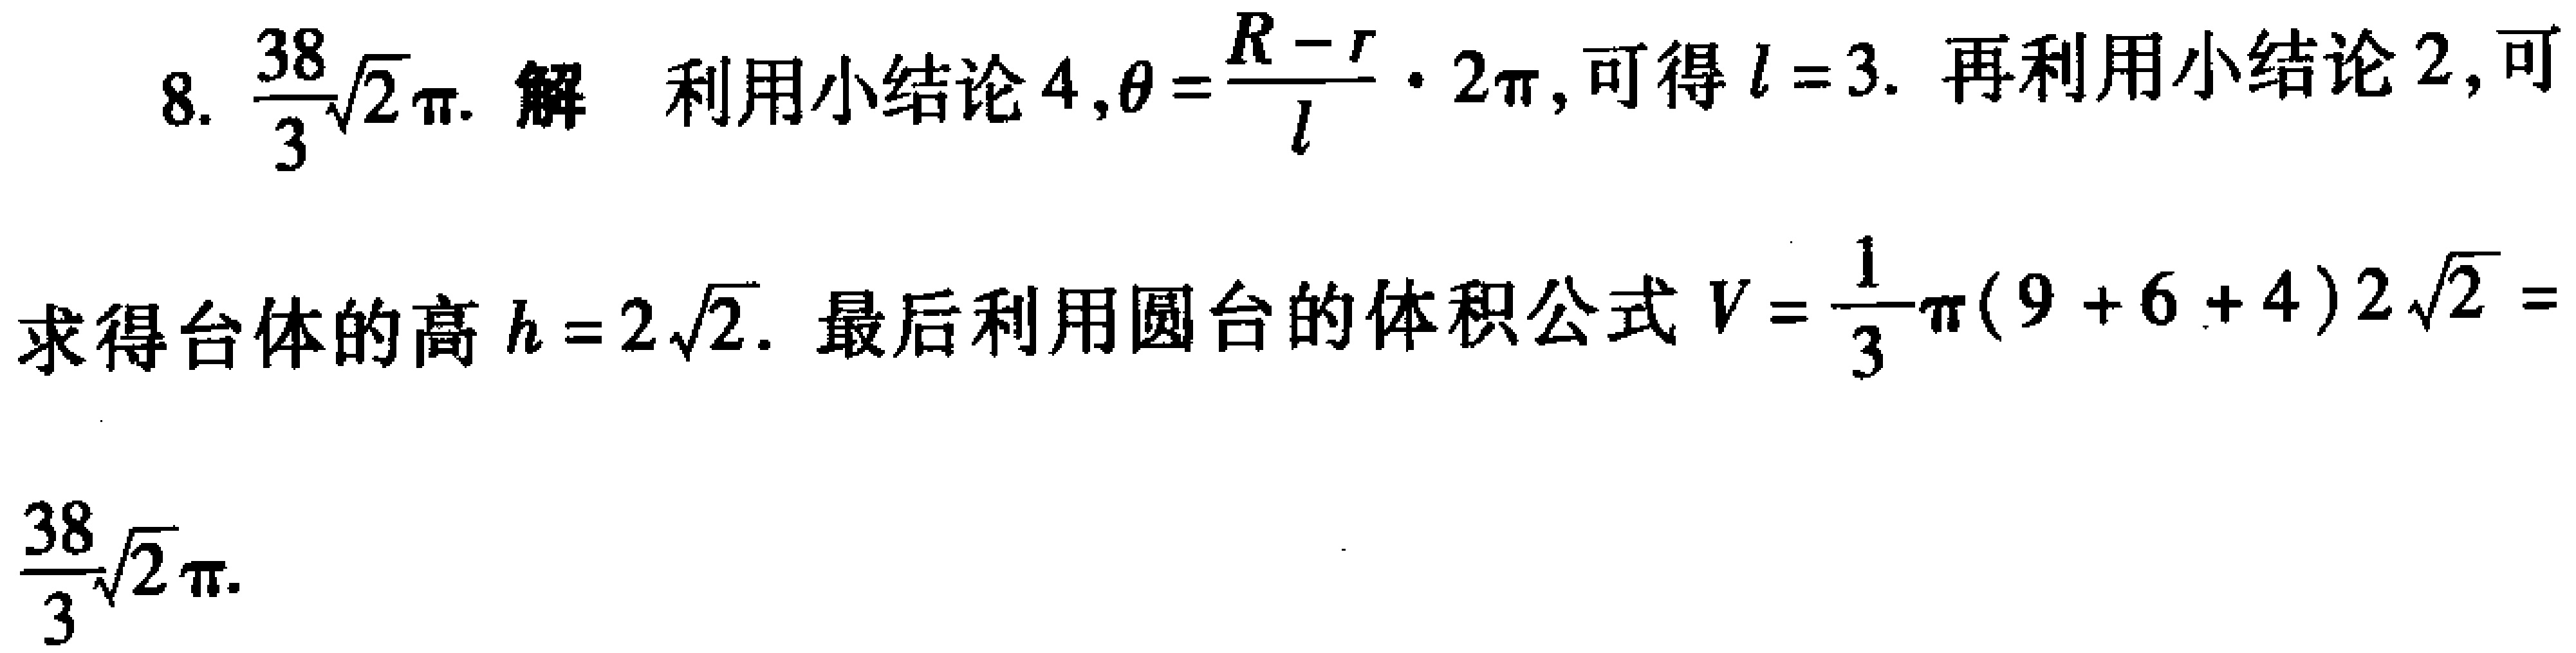
8. $\frac{38}{3}\sqrt{2}\pi$. 解 利用小结论4, $\theta=\frac{R - r}{l}\cdot 2\pi$, 可得 $l = 3$. 再利用小结论2, 可
求得台体的高 $h = 2\sqrt{2}$. 最后利用圆台的体积公式 $V=\frac{1}{3}\pi(9 + 6 + 4)2\sqrt{2}=$
$\frac{38}{3}\sqrt{2}\pi$.